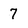
Character: 7